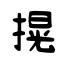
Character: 㨪